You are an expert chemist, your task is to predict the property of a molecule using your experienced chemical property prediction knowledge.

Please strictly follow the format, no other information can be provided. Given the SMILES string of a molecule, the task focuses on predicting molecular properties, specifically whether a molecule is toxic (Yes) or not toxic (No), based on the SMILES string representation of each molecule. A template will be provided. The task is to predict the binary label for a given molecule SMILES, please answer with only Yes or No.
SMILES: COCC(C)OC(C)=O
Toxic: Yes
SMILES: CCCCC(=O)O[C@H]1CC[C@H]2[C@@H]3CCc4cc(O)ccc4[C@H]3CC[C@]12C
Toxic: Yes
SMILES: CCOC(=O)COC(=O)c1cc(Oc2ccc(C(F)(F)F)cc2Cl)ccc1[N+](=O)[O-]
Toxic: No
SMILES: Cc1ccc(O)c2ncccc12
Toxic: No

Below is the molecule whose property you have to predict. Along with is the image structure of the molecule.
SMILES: CCCCCCCCCCCCCCCCOP(=O)([O-])OCC[N+](C)(C)C
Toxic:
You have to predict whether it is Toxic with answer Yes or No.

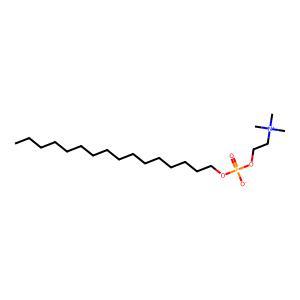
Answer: No